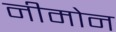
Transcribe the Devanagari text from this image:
नीमोन